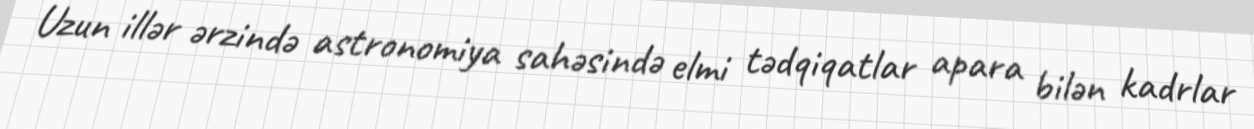
Uzun illər ərzində astronomiya sahəsində elmi tədqiqatlar apara bilən kadrlar